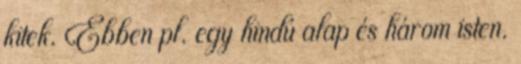
kitek. Ebben pl. egy hindú alap és három isten.